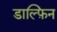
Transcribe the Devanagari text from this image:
डाल्फ़िन